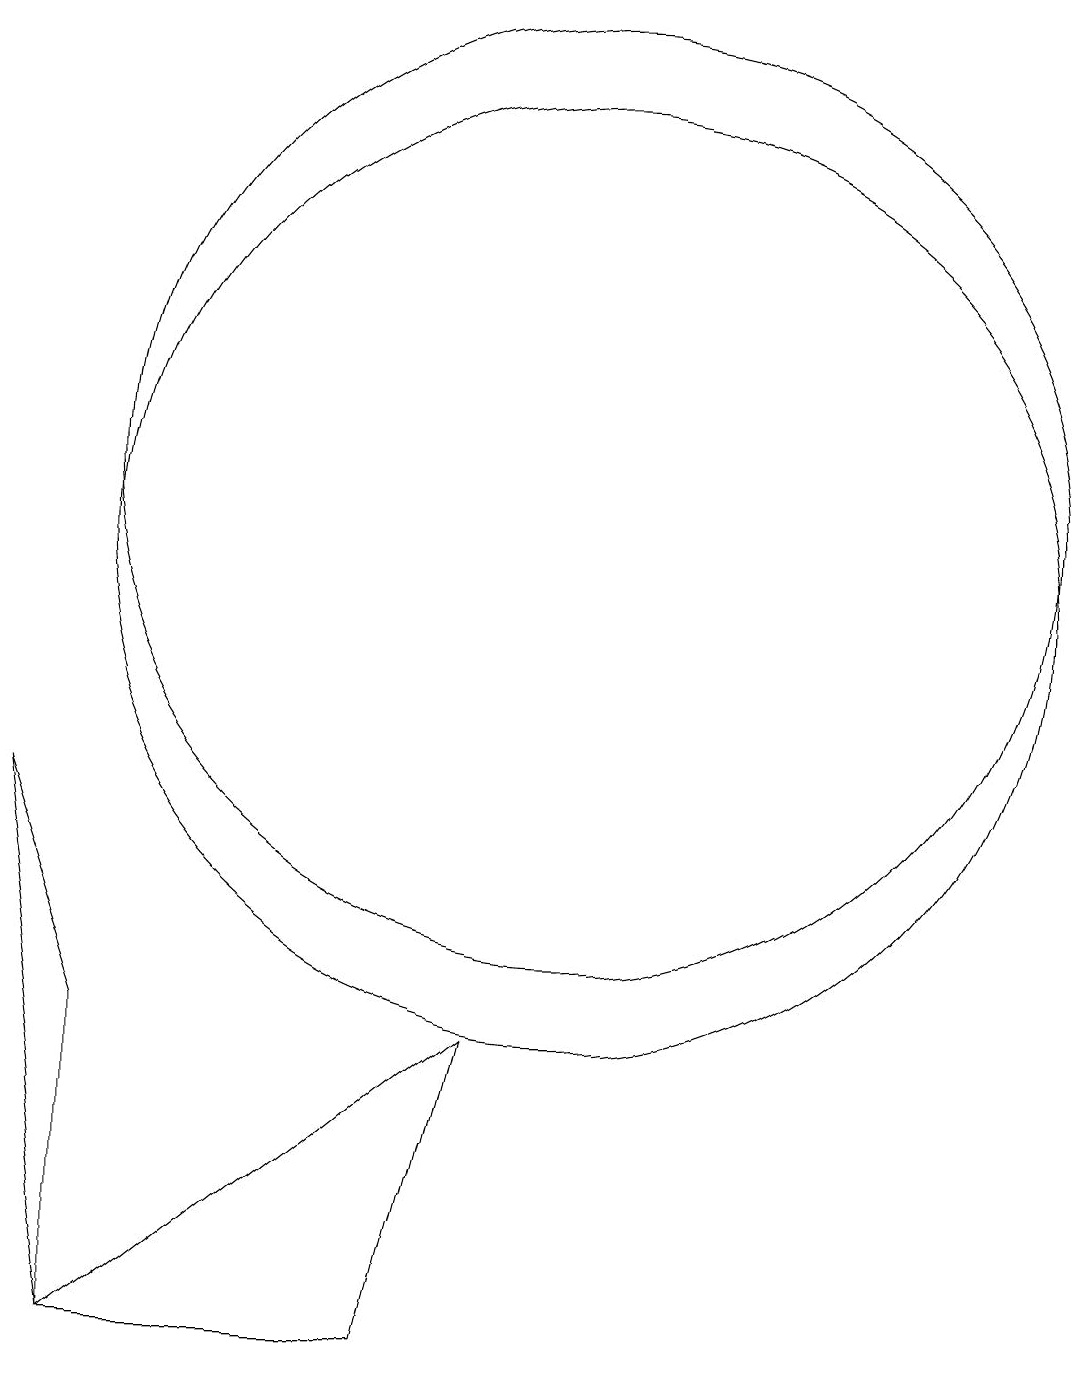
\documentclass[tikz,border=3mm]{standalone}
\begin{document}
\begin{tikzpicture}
\draw (4,4) -- (3,7) -- (4,0) -- cycle;
\draw (10,11) circle (6);
\draw (12,10) circle (0);
\draw (10,10) circle (6);
\draw (4,0) -- (8,0) -- (9,4) -- cycle;
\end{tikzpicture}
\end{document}